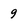
Character: 9